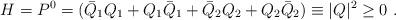
LaTeX: \begin{align*}H=P^0 = (\bar Q_1 Q_1 + Q_1\bar Q_1+\bar Q_2 Q_2 + Q_2\bar Q_2)\equiv |Q|^2\geq 0~.\end{align*}